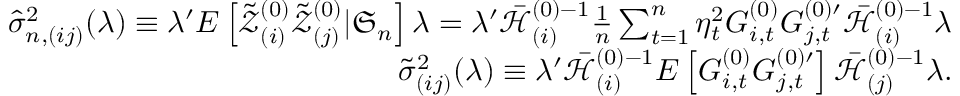
\begin{array} { r l r } & { } & { \hat { \sigma } _ { n , ( i j ) } ^ { 2 } ( \lambda ) \equiv \lambda ^ { \prime } E \left[ \mathcal { \tilde { Z } } _ { ( i ) } ^ { ( 0 ) } \mathcal { \tilde { Z } } _ { ( j ) } ^ { ( 0 ) } | \mathfrak { S } _ { n } \right] \lambda = \lambda ^ { \prime } \mathcal { \bar { H } } _ { ( i ) } ^ { ( 0 ) - 1 } \frac { 1 } { n } \sum _ { t = 1 } ^ { n } \eta _ { t } ^ { 2 } G _ { i , t } ^ { ( 0 ) } G _ { j , t } ^ { ( 0 ) \prime } \mathcal { \bar { H } } _ { ( i ) } ^ { ( 0 ) - 1 } \lambda } \\ & { } & { \tilde { \sigma } _ { ( i j ) } ^ { 2 } ( \lambda ) \equiv \lambda ^ { \prime } \mathcal { \bar { H } } _ { ( i ) } ^ { ( 0 ) - 1 } E \left[ G _ { i , t } ^ { ( 0 ) } G _ { j , t } ^ { ( 0 ) \prime } \right] \mathcal { \bar { H } } _ { ( j ) } ^ { ( 0 ) - 1 } \lambda . } \end{array}